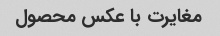
مغایرت با عکس محصول